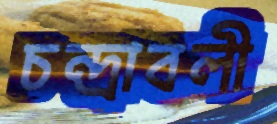
চন্দ্রাবলী